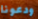
ودعونا